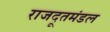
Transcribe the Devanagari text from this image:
राजदूतमंडल